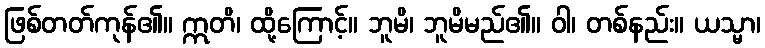
ဖြစ်တတ်ကုန်၏။ ဣတိ၊ ထို့ကြောင့်။ ဘူမိ၊ ဘူမိမည်၏။ ဝါ၊ တစ်နည်း။ ယသ္မာ၊